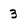
Character: 3